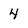
Character: 4